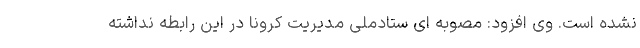
نشده است. وی افزود: مصوبه ای ستادملی مدیریت کرونا در این رابطه نداشته